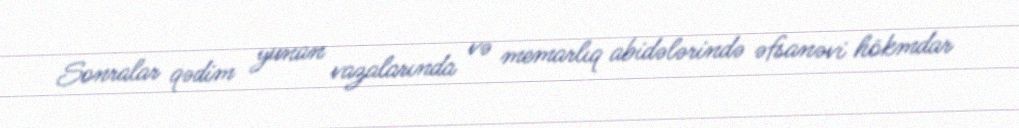
Sonralar qədim yunan vazalarında və memarlıq abidələrində əfsanəvi hökmdar